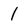
Character: 1